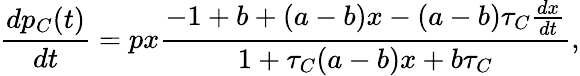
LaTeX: \frac{dp_{C}(t)}{dt}=px\frac{-1+b+(a-b)x-(a-b)\tau_{C}\frac{dx}{dt}}{1+\tau_{C}(a-b)x+b\tau_{C}},